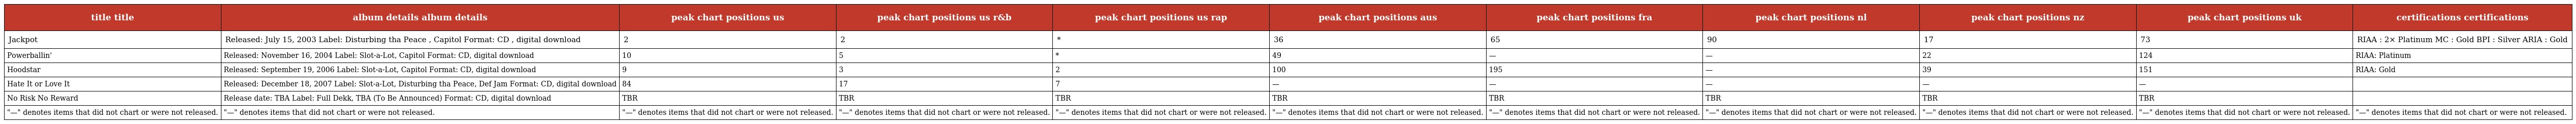
| title title | album details album details | peak chart positions us | peak chart positions us r&b | peak chart positions us rap | peak chart positions aus | peak chart positions fra | peak chart positions nl | peak chart positions nz | peak chart positions uk | certifications certifications |
 | --- | --- | --- | --- | --- | --- | --- | --- | --- | --- | --- |
 | Jackpot | Released: July 15, 2003 Label: Disturbing tha Peace , Capitol Format: CD , digital download | 2 | 2 | * | 36 | 65 | 90 | 17 | 73 | RIAA : 2× Platinum MC : Gold BPI : Silver ARIA : Gold |
 | Powerballin' | Released: November 16, 2004 Label: Slot-a-Lot, Capitol Format: CD, digital download | 10 | 5 | * | 49 | — | — | 22 | 124 | RIAA: Platinum |
 | Hoodstar | Released: September 19, 2006 Label: Slot-a-Lot, Capitol Format: CD, digital download | 9 | 3 | 2 | 100 | 195 | — | 39 | 151 | RIAA: Gold |
 | Hate It or Love It | Released: December 18, 2007 Label: Slot-a-Lot, Disturbing tha Peace, Def Jam Format: CD, digital download | 84 | 17 | 7 | — | — | — | — | — |  |
 | No Risk No Reward | Release date: TBA Label: Full Dekk, TBA (To Be Announced) Format: CD, digital download | TBR | TBR | TBR | TBR | TBR | TBR | TBR | TBR |  |
 | "—" denotes items that did not chart or were not released. | "—" denotes items that did not chart or were not released. | "—" denotes items that did not chart or were not released. | "—" denotes items that did not chart or were not released. | "—" denotes items that did not chart or were not released. | "—" denotes items that did not chart or were not released. | "—" denotes items that did not chart or were not released. | "—" denotes items that did not chart or were not released. | "—" denotes items that did not chart or were not released. | "—" denotes items that did not chart or were not released. | "—" denotes items that did not chart or were not released. |